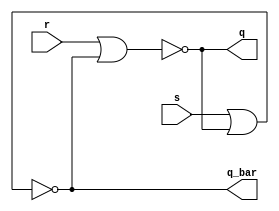
module srlatch(s,r,q,q_bar);
input s,r;
output q,q_bar;
  assign q=~(r|q_bar);
  assign q_bar=~(s|q);
endmodule